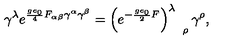
\gamma ^ { \lambda } e ^ { \frac { g e _ { 0 } } { 4 } F _ { \alpha \beta } \gamma ^ { \alpha } \gamma ^ { \beta } } = \left( e ^ { - \frac { g e _ { 0 } } { 2 } F } \right) _ { \quad \rho } ^ { \lambda } \gamma ^ { \rho } ,